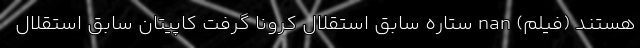
هستند (فیلم) nan ستاره سابق استقلال کرونا گرفت کاپیتان سابق استقلال